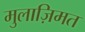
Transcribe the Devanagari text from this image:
मुलाज़िमत